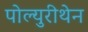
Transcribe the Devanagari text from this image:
पोल्युरीथेन